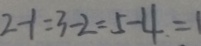
2 - 1 = 3 - 2 = 5 - 4 = 1